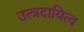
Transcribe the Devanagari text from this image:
उत्त्रदायित्व